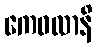
ကေဝလာနိ